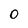
Character: 0